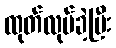
ထုတ်လုပ်ခဲ့ပြီး